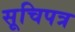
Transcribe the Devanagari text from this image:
सूचिपत्र